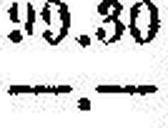
—.—